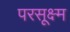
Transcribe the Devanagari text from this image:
परसूक्ष्म